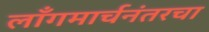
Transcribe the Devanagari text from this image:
लाँगमार्चनंतरचा